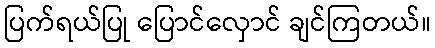
ပြက်ရယ်ပြု ပြောင်လှောင် ချင်ကြတယ်။